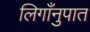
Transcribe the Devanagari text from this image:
लिगाँनुपात